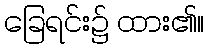
ခြေရင်း၌ ထား၏။